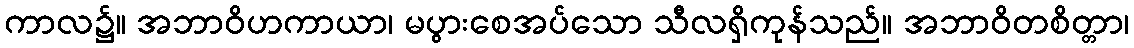
ကာလ၌။ အဘာဝိဟကာယာ၊ မပွားစေအပ်သော သီလရှိကုန်သည်။ အဘာဝိတစိတ္တာ၊